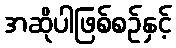
အဆိုပါဖြစ်စဉ်နှင့်